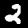
Digit: 2